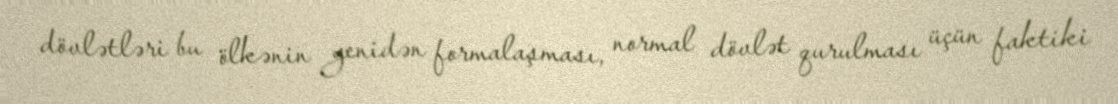
dövlətləri bu ölkənin yenidən formalaşması, normal dövlət qurulması üçün faktiki